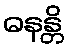
ဓနန္တိ